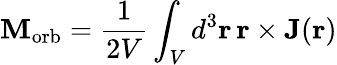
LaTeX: \mathbf{M}_{\mathrm{{orb}}}={\frac{1}{2V}}\int_{V}d^{3}\mathbf{r}\, \mathbf{r}\times\mathbf{J}(\mathbf{r})